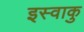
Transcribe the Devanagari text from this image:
इस्वाकु